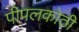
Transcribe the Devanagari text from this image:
पीपलकोठी